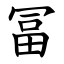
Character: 冨